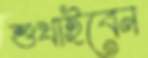
শুখাইবেন